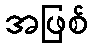
အဖြစ်